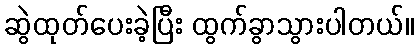
ဆွဲထုတ်ပေးခဲ့ပြီး ထွက်ခွာသွားပါတယ်။